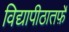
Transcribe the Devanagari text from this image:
विद्यापीठातर्फ़े